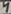
Text: 4